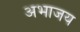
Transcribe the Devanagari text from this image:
अभाजय